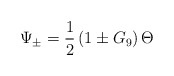
\begin{align*}\Psi_\pm = \frac{1}{2} \left(1 \pm G_9\right) \Theta \end{align*}